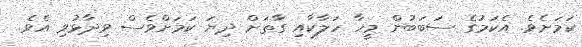
ކަމަށެވެ. އެކަމުގެ ސަބަބުން މީހާ ހަލާކާއި ގާތަށް ދިޔަ ކަމަށްވެސް ވިދާޅުވި އެވެ.